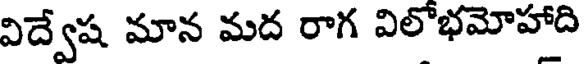
విద్వేష మాన మద రాగ విలోభమోహాది